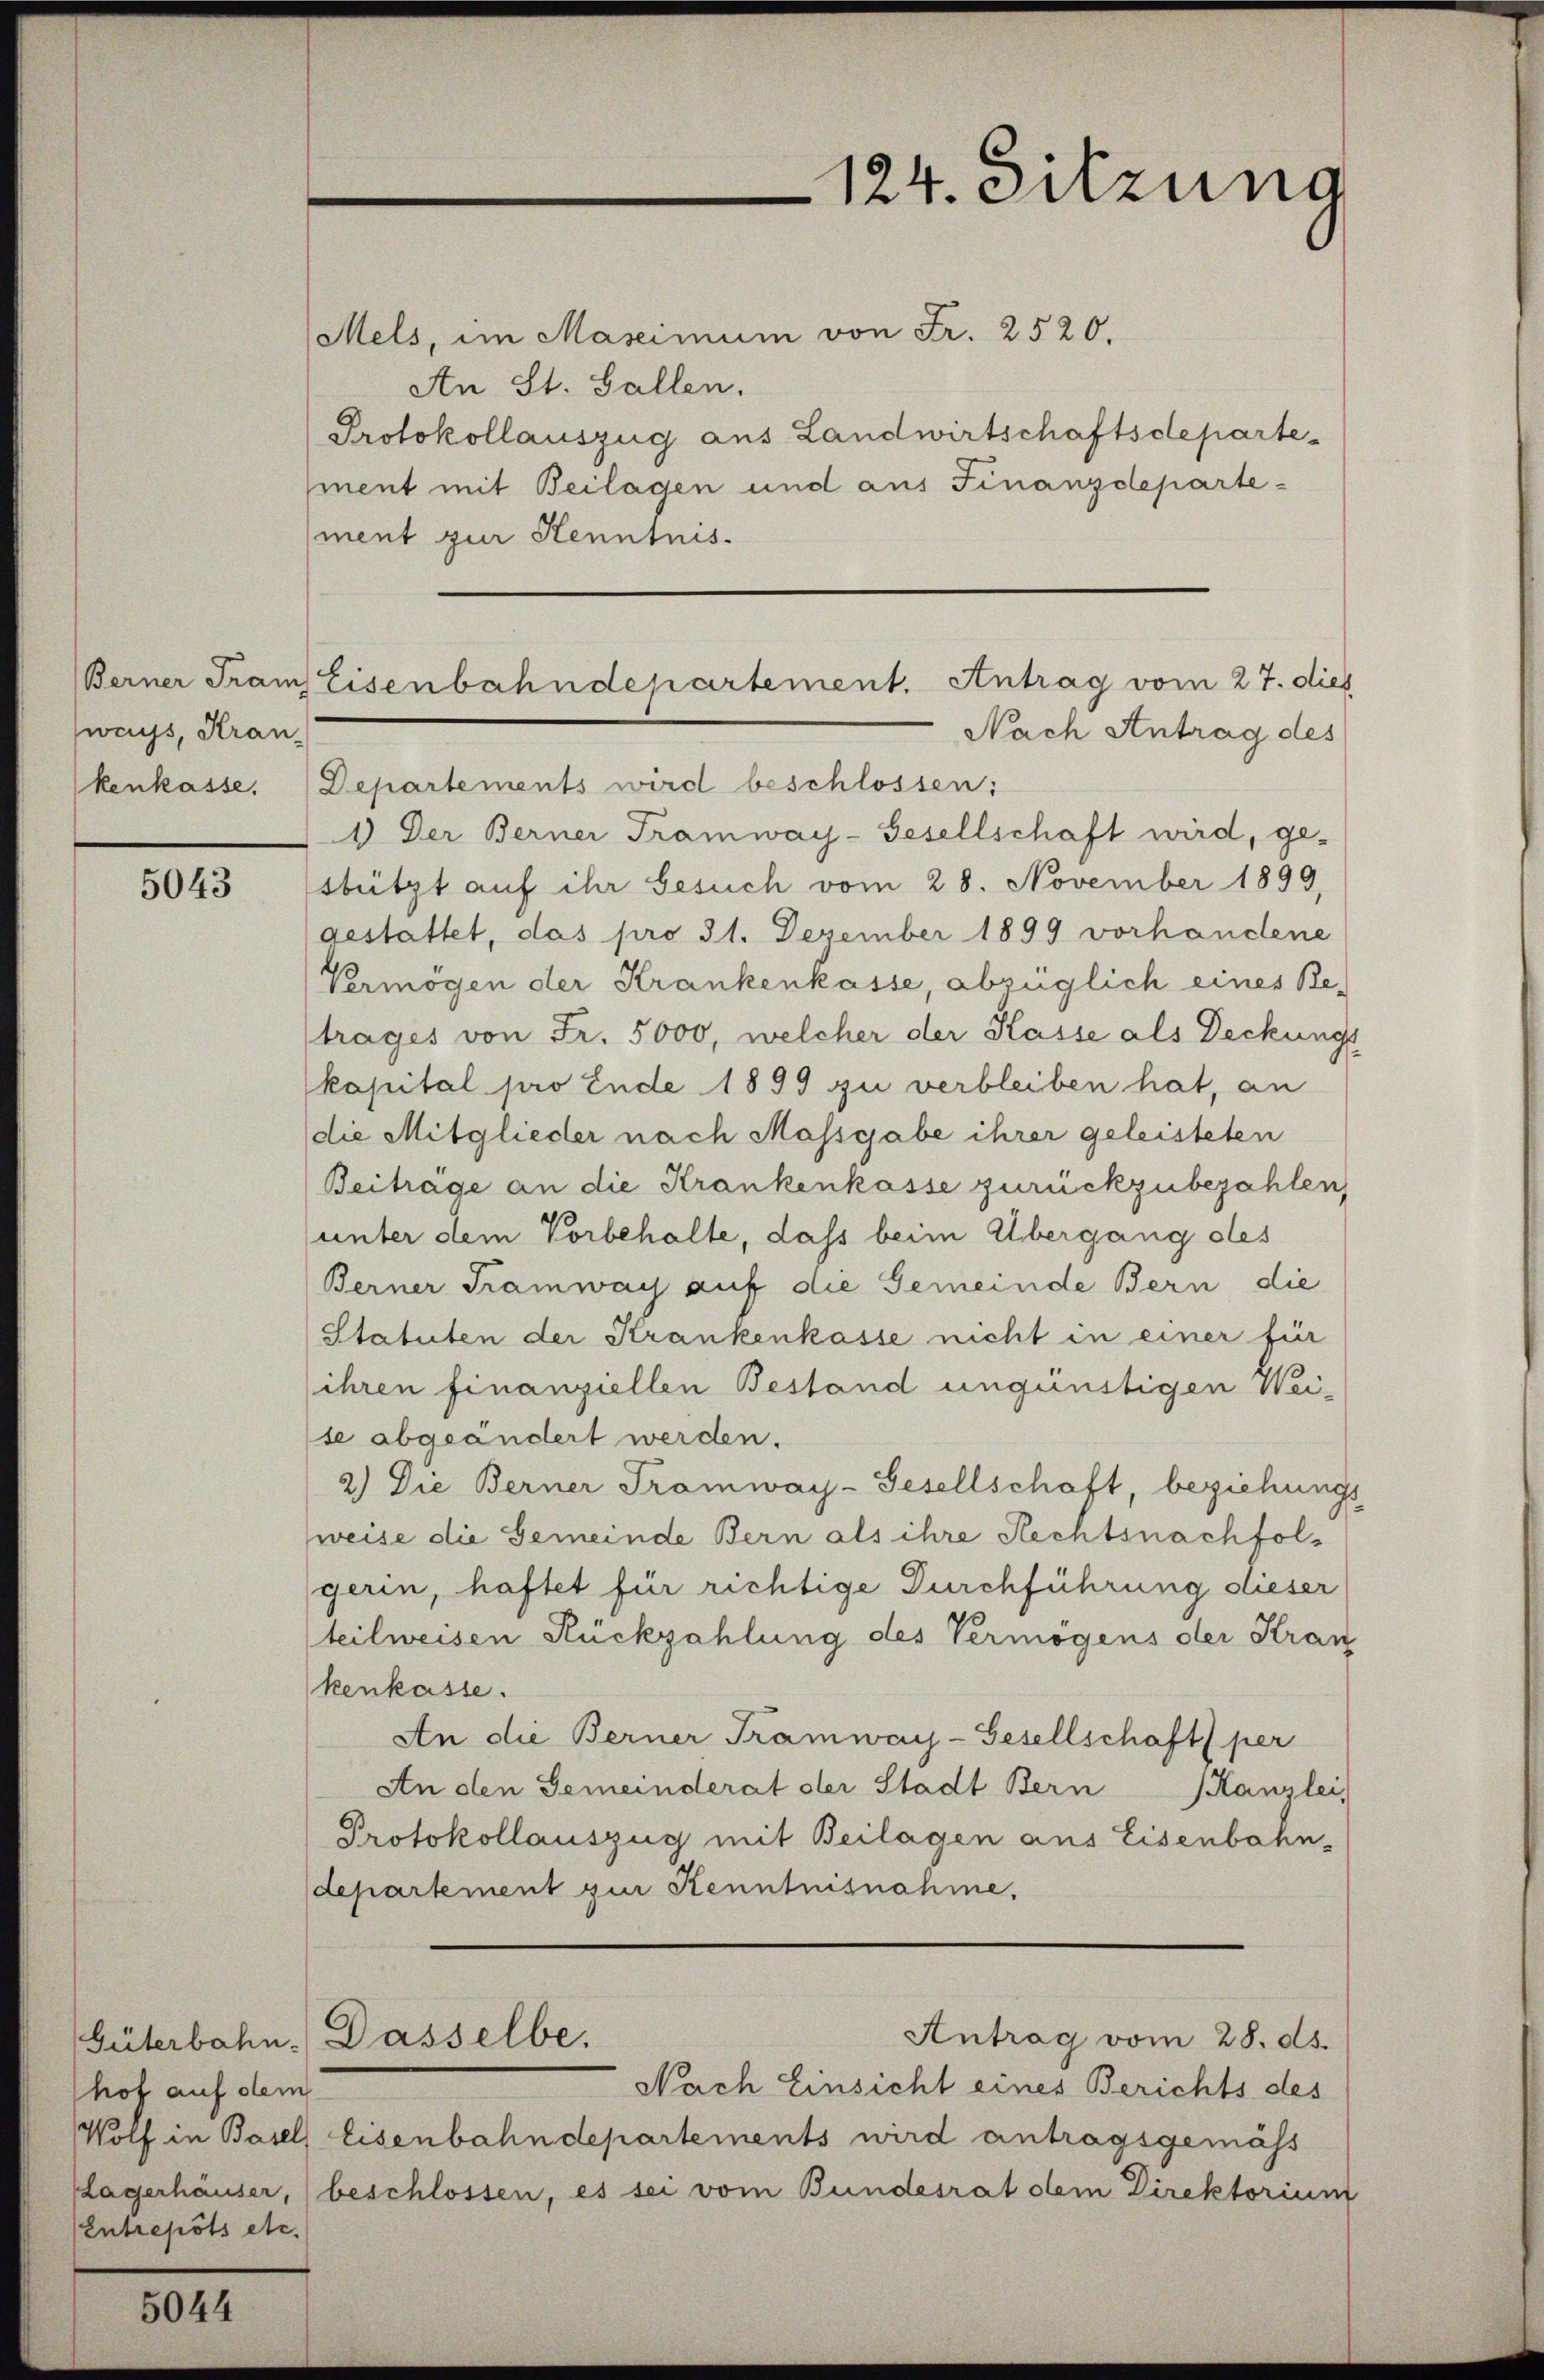
ways, Kran
kenkasse.

5043

Mels, im Maseimum von Fr. 2520.
An St. Gallen.
Protokollauszug aus Landwirtschaftsdepartement mit Beilagen und aus Finanzdepartement zur Kenntnis.
Departements wird beschlossen:
1.) Der Berner Tramway-Gesellschaft wird, ge-
stützt auf ihr Gesuch vom 28. November 1899,
gestattet, das pro 31. Dezember 1899 vorhandene
Vermögen der Krankenkasse, abzüglich eines Be-
(trages von Fr. 5000, welcher der Kasse als Deckung
kapital pro Ende 1899 zu verbleiben hat, an
die Mitglieder nach Massgabe ihrer geleisteten
Beitrage an die Krankenkasse zurückzubezahlen,
unter dem Vorbehalte, dass beim Übergang des
Berner Tramway auf die Gemeinde Bern die
(Statuten der Krankenkasse nicht in einer für
ihren finanziellen Bestand ungünstigen Weite abgeändert werden.
2.) Die Berner Tramway-Gesellschaft, beziehungs
weise die Gemeinde Bern als ihre Rechtsnachfolgerin, haftet für richtige Durchführung dieser
teilweisen Rückzahlung des Vermögens der Stran
kenkasse.
An die Berner Tramway-Gesellschaft per
An den Gemeinderat der Stadt Bern Kanzlei,
Protokollauszug mit Beilagen aus Eisenbahn-
departement zur Kenntnisnahme,
Antrag vom 28. ds.
Güterbahn. Dasselbe.
Nach Einsicht eines Berichts des
Wolf in Basel Eisenbahndepartements wird antragsgemäss
Lagerhäuser,) beschlossen, es sei vom Bundesrat obem Direktorium

hof auf dem
Entrepots etc.

5044

124. Sitzung

Berner Franz Eisenbahndepartement. Antrag vom 27. dies
Nach Antrag des